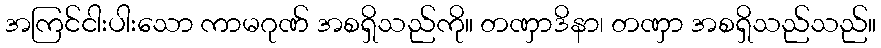
အကြင်ငါးပါးသော ကာမဂုဏ် အစရှိသည်ကို။ တဏှာဒိနာ၊ တဏှာ အစရှိသည်သည်။